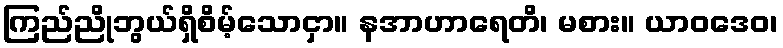
ကြည်ညိုဘွယ်ရှိစိမ့်သောငှာ။ နအာဟာရေတိ၊ မစား။ ယာဝဒေဝ၊